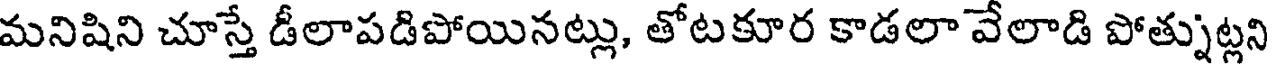
మనిషిని చూస్తే డీలాపడిపోయినట్లు, తోటకూర కాడలా వేలాడి పోత్నుట్లని